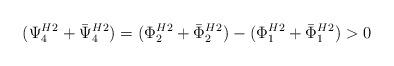
LaTeX: \begin{align*}({\Psi^H_4}{}^2 +{\bar{\Psi}^H_4}{}^2) =({\Phi^H_2}{}^2 +{\bar{\Phi}^H_2}{}^2) -({\Phi^H_1}{}^2 +{\bar{\Phi}^H_1}{}^2) > 0\end{align*}